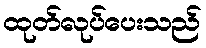
ထုတ်လုပ်ပေးသည်